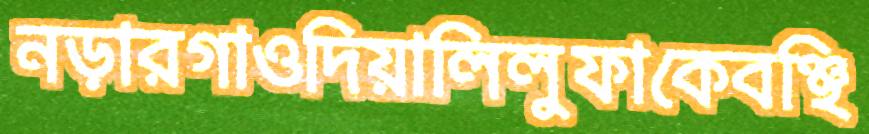
নড়ারগাওদিয়ালিলুফাকেবঞ্ছি